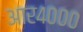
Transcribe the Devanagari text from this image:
आर४०००